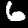
Digit: 6